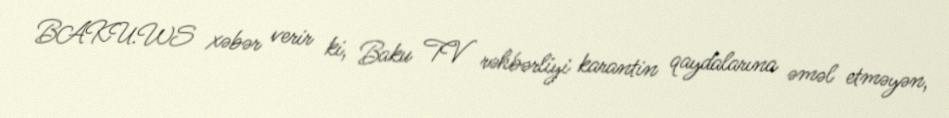
BAKU.WS xəbər verir ki, Baku TV rəhbərliyi karantin qaydalarına əməl etməyən,